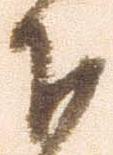
下